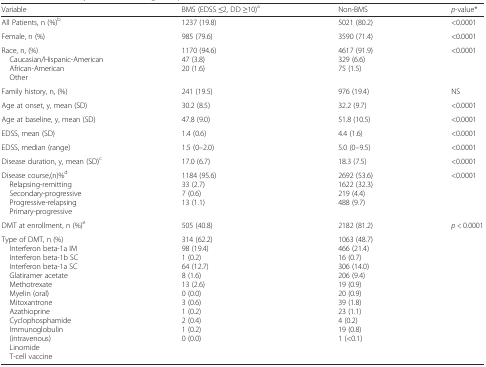
<table><thead><tr><td><b>Variable</b></td><td><b>BMS (EDSS ≤2, DD ≥10)<sup>a</sup></b></td><td><b>Non-BMS</b></td><td><b><i>p</i>-value*</b></td></tr></thead><tbody><tr><td>All Patients, n (%)<sup>b</sup></td><td>1237 (19.8)</td><td>5021 (80.2)</td><td>&lt;0.0001</td></tr><tr><td>Female, n (%)</td><td>985 (79.6)</td><td>3590 (71.4)</td><td>&lt;0.0001</td></tr><tr><td>Race, n, (%) Caucasian/Hispanic-American African-American Other</td><td>1170 (94.6)47 (3.8)20 (1.6)</td><td>4617 (91.9)329 (6.6)75 (1.5)</td><td>&lt;0.0001</td></tr><tr><td>Family history, n, (%)</td><td>241 (19.5)</td><td>976 (19.4)</td><td>NS</td></tr><tr><td>Age at onset, y, mean (SD)</td><td>30.2 (8.5)</td><td>32.2 (9.7)</td><td>&lt;0.0001</td></tr><tr><td>Age at baseline, y, mean (SD)</td><td>47.8 (9.0)</td><td>51.8 (10.5)</td><td>&lt;0.0001</td></tr><tr><td>EDSS, mean (SD)</td><td>1.4 (0.6)</td><td>4.4 (1.6)</td><td>&lt;0.0001</td></tr><tr><td>EDSS, median (range)</td><td>1.5 (0–2.0)</td><td>5.0 (0–9.5)</td><td>&lt;0.0001</td></tr><tr><td>Disease duration, y, mean (SD)<sup>c</sup></td><td>17.0 (6.7)</td><td>18.3 (7.5)</td><td>&lt;0.0001</td></tr><tr><td>Disease course,(n)%<sup>d</sup> Relapsing-remitting Secondary-progressive Progressive-relapsing Primary-progressive</td><td>1184 (95.6)33 (2.7)7 (0.6)13 (1.1)</td><td>2692 (53.6)1622 (32.3)219 (4.4)488 (9.7)</td><td>&lt;0.0001</td></tr><tr><td>DMT at enrollment, n (%)<sup>e</sup></td><td>505 (40.8)</td><td>2182 (81.2)</td><td><i>p &lt;</i> 0.0001</td></tr><tr><td>Type of DMT, n (%) Interferon beta-1a IM Interferon beta-1b SC Interferon beta-1a SC Glatiramer acetate Methotrexate Myelin (oral) Mitoxantrone Azathioprine Cyclophosphamide Immunoglobulin (intravenous) Linomide T-cell vaccine</td><td>314 (62.2)98 (19.4)1 (0.2)64 (12.7)8 (1.6)13 (2.6)0 (0.0)3 (0.6)1 (0.2)2 (0.4)1 (0.2)0 (0.0)</td><td>1063 (48.7)466 (21.4)16 (0.7)306 (14.0)206 (9.4)19 (0.9)20 (0.9)39 (1.8)23 (1.1)4 (0.2)19 (0.8)1 (&lt;0.1)</td><td></td></tr></tbody></table>